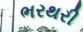
ભરથરી